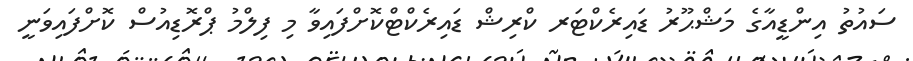
ސައުތު އިންޑީއާގެ މަޝްޙޫރު ޑައިރެކްޓަރ ކްރިޝް ޑައިރެކްޓްކޮށްފައިވާ މި ފިލްމު ޕްރޮޑިއުސް ކޮށްފައިވަނީ